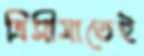
ত্রিসীমাতেই